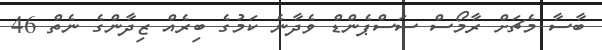
ބާސާ މެޗަށް ރާމޯސް ސަސްޕެންޑް ވެދާނެ ކަމުގެ ބިރެއް ޒިދާންގެ ނެތް 46